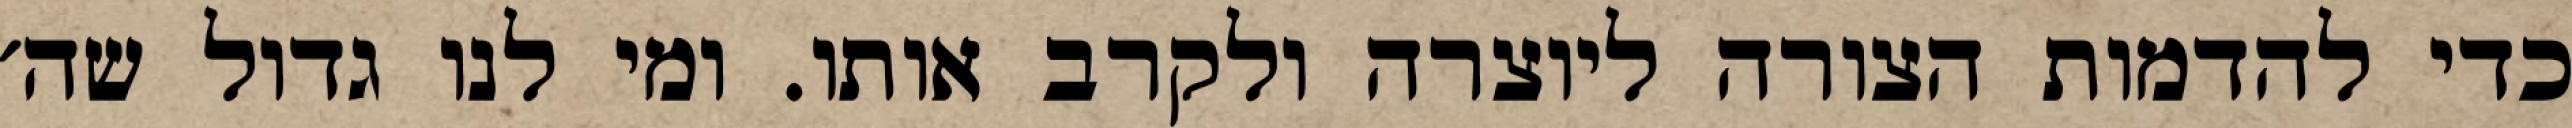
כדי להדמות הצורה ליוצרה ולקרב אותו. ומי לנו גדול שה׳